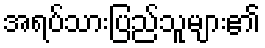
အရပ်သားပြည်သူများ၏